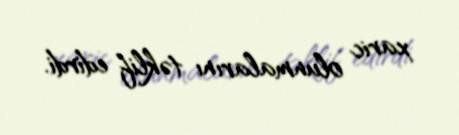
xaric olunmalarını təklif edirdi.